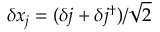
\delta x _ { j } = ( \delta j + \delta j ^ { \dagger } ) / \sqrt { 2 }